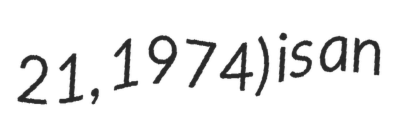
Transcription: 21, 1974) is an